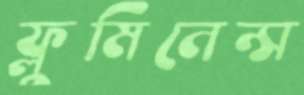
ফ্লুমিনেন্স